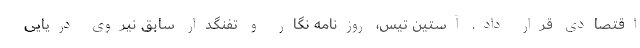
اقتصادی قرار داد. آستین تیس، روزنامه نگار و تفنگدار سابق نیروی دریایی